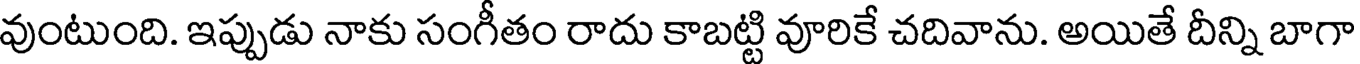
వుంటుంది. ఇప్పుడు నాకు సంగీతం రాదు కాబట్టి వూరికే చదివాను. అయితే దీన్ని బాగా